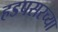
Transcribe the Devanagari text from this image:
हडपसरच्या